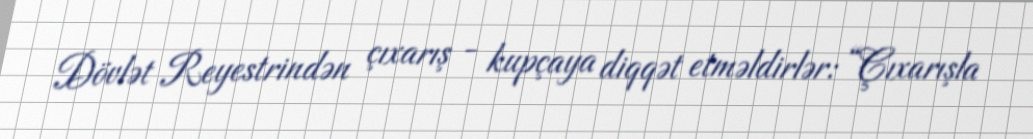
Dövlət Reyestrindən çıxarış - kupçaya diqqət etməldirlər: “Çıxarışla